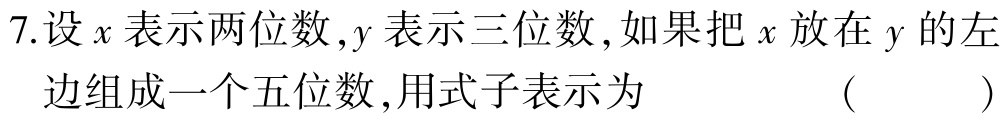
7.设\(x\)表示两位数，\(y\)表示三位数，如果把\(x\)放在\(y\)的左边组成一个五位数，用式子表示为 （  ）